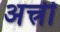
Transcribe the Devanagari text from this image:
अत्त्री